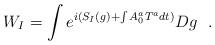
LaTeX: \begin{align*}W_{I}=\int e^{i(S_{I}(g) + \int A_{0}^{a}T^{a} dt)} Dg\ \ .\end{align*}